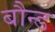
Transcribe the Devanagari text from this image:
बौन्ड